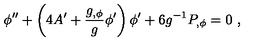
\phi ^ { \prime \prime } + \left( 4 A ^ { \prime } + { \frac { g _ { , \phi } } { g } } \phi ^ { \prime } \right) \phi ^ { \prime } + 6 g ^ { - 1 } P _ { , \phi } = 0 \ ,